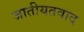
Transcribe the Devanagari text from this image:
जातीयतवाद